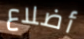
أضلاع